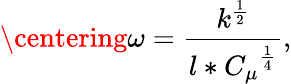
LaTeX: \centering\omega=\frac{k^{\frac{1}{2}}}{l*{C_{\mu}}^{\frac{1}{4}}},